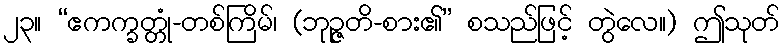
၂၃။ “ဧကက္ခတ္တုံ-တစ်ကြိမ်၊ (ဘုဉ္ဇတိ-စား၏” စသည်ဖြင့် တွဲလေ။) ဤသုတ်